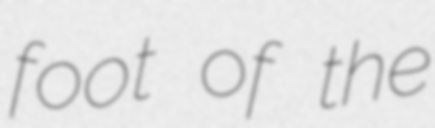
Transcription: foot of the